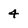
Character: 4